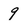
Character: 9